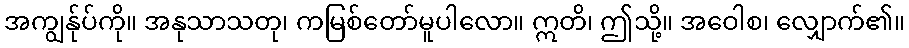
အကျွန်ုပ်ကို။ အနုသာသတု၊ ကမြစ်တော်မူပါလော။ ဣတိ၊ ဤသို့။ အဝေါစ၊ လျှောက်၏။